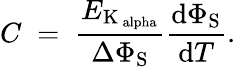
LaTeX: C\; =\; \frac{E_{\mathrm{K_{\ alpha}}}}{\Delta\Phi_{\mathrm{S}}}\frac{\mathrm{d}\Phi_{\mathrm{S}}}{\mathrm{d}T}.